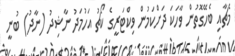
މެޗާއި ބެހޭގޮތުން ވާހަކަ ދަށްކަމުން ވިކްޓަރީގެ ކޯޗު އަހުމަދު ނާޝިދު (ނާދު) ބުނީ